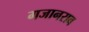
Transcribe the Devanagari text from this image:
गजानराव